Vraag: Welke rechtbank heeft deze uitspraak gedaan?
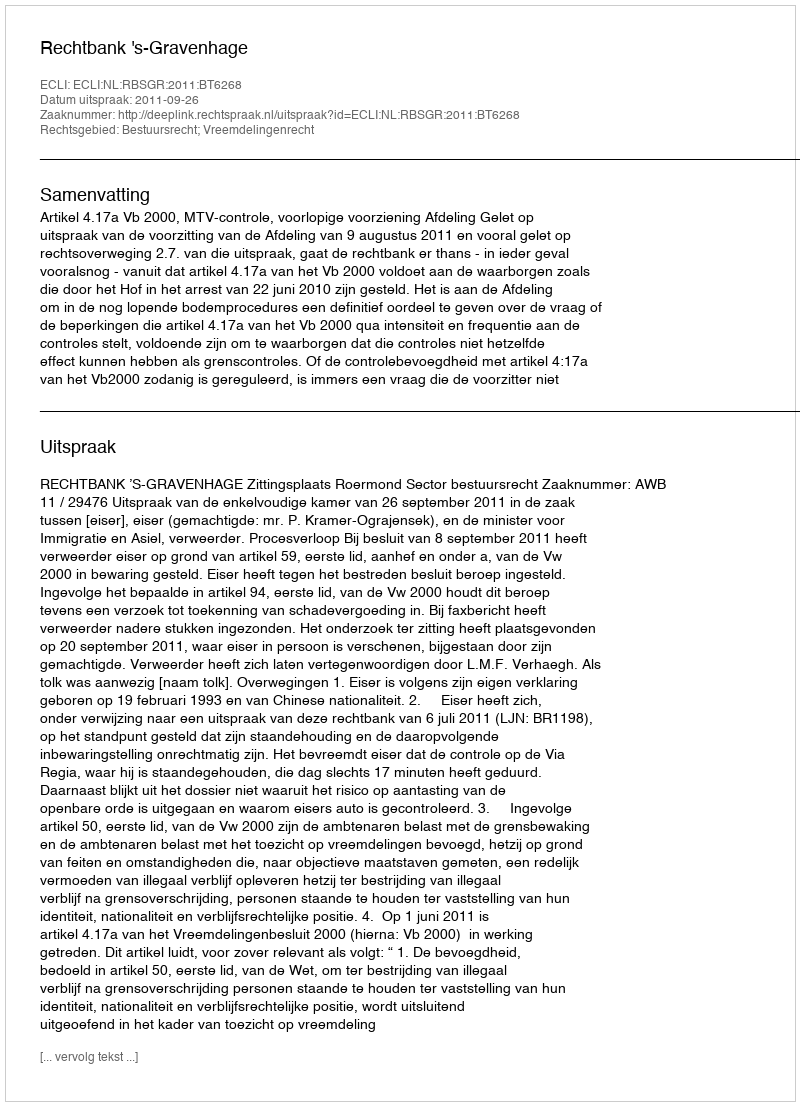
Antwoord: Rechtbank 's-Gravenhage